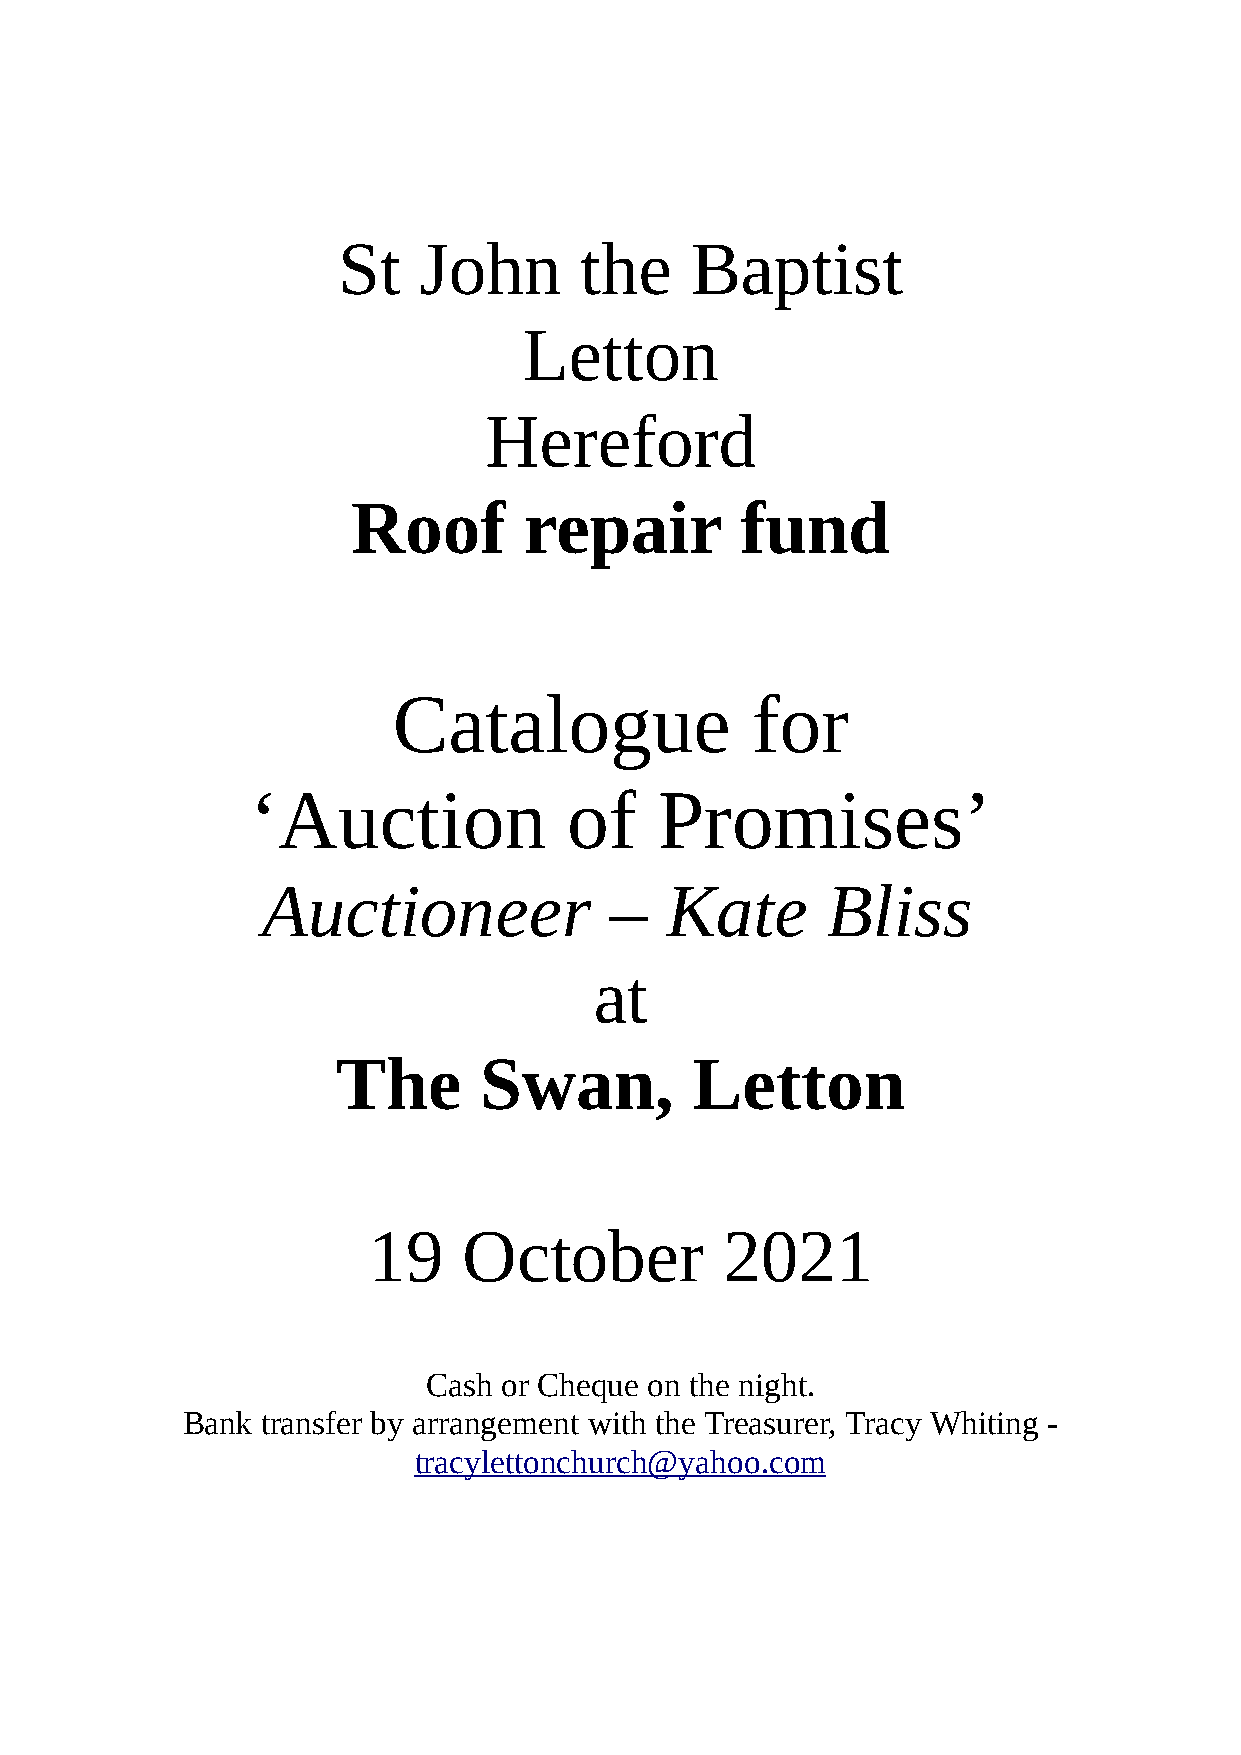
St    John      the     Baptist
 Letton
 Hereford
 Roof        repair        fund
 Catalogue               for
 ‘Auction             of    Promises’
 Auctioneer             –   Kate       Bliss
 at
 The       Swan,         Letton
 19     October          2021
 Cash or Cheque on the night.
 Bank transfer by arrangement with the Treasurer, Tracy Whiting -
 tracylettonchurch@yahoo.co m